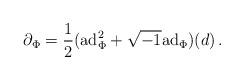
LaTeX: \begin{align*} \partial_\Phi=\frac{1}{2}({\rm ad}^2_\Phi+\sqrt{-1}{\rm ad}_\Phi)(d)\,.\end{align*}